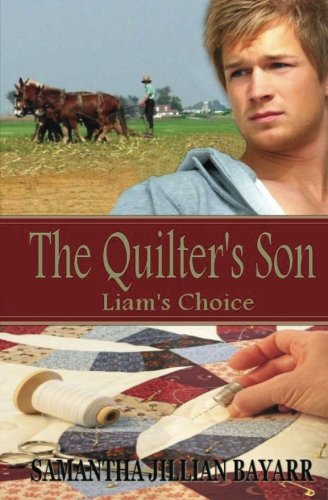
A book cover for The Quilter's Son; Samantha Jillian Bayarr; Christian Books & Bibles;